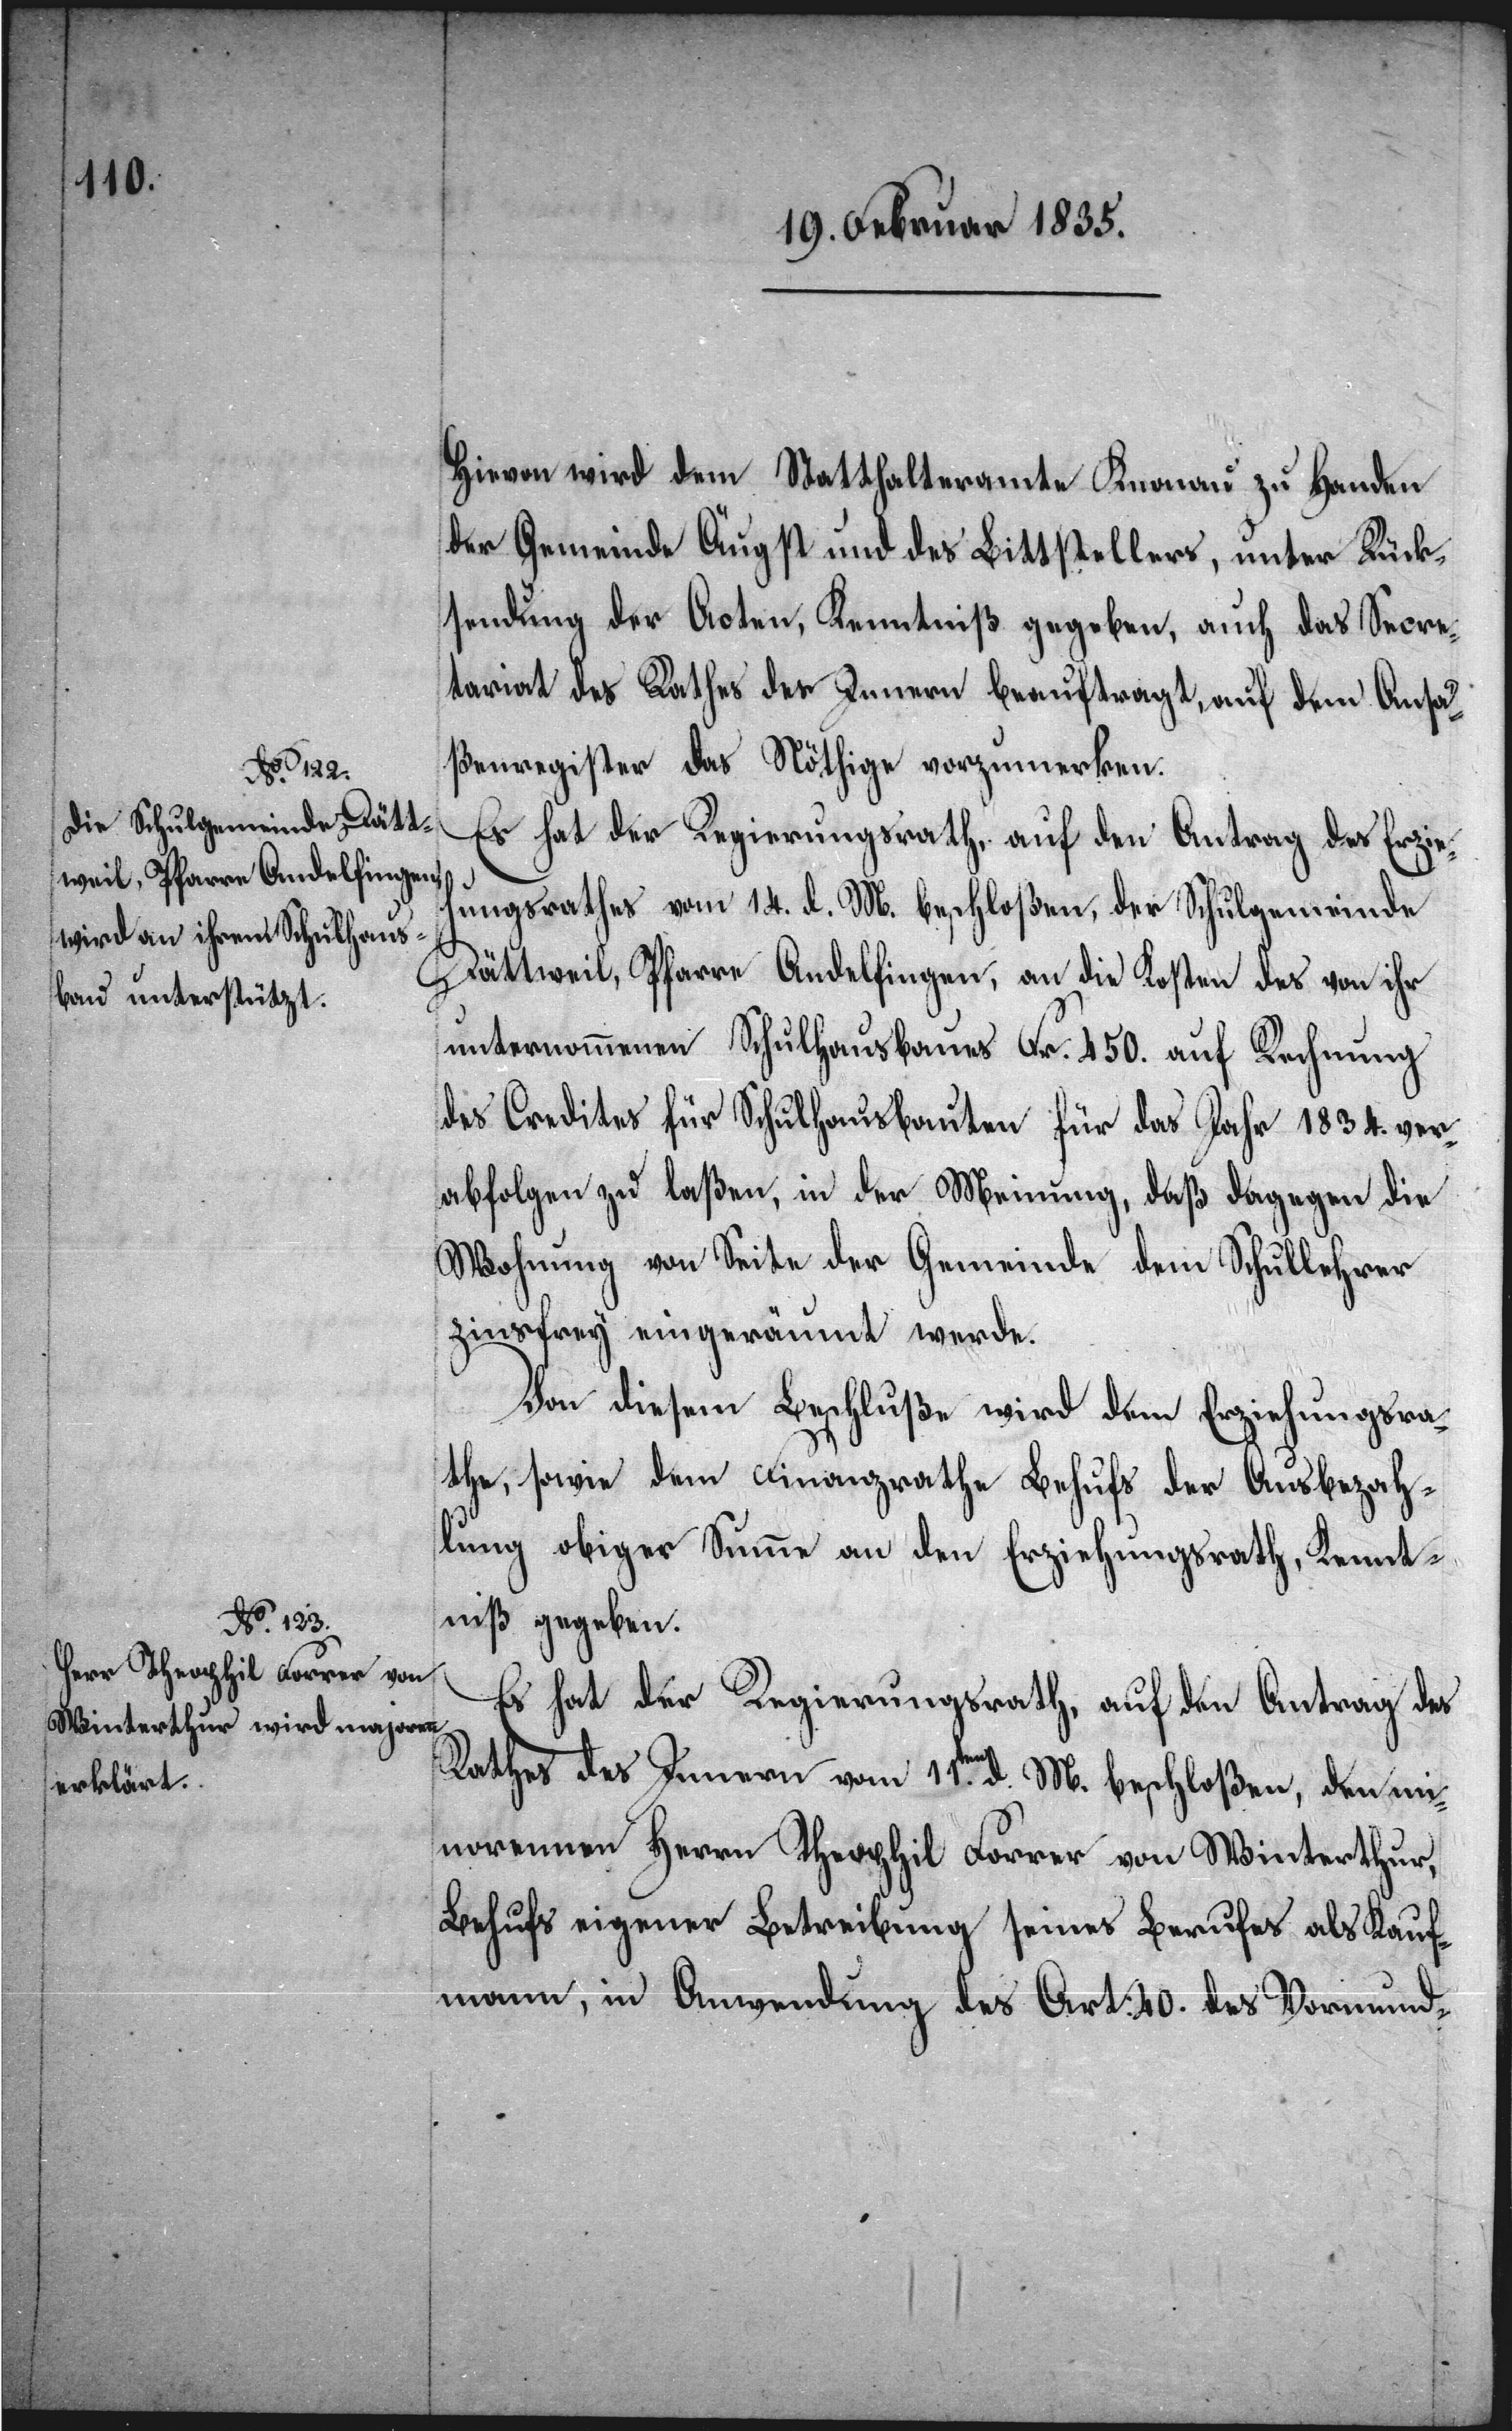
Hiervon wird dem Statthalteramte Knonau zu Handen
der Gemeinde Äugst und des Bittstellers, unter Rück¬
sendung der Acten, Kenntniß gegeben, auch das Secre¬
tariat des Rathes des Innern beauftragt, auf dem Ansä¬
ßenregister das Nöthige vorzumerken.
Es hat der Regierungsrath, auf den Antrag des Erzieh¬
ungsrathes vom 14. d. M. beschloßen, der Schulgemeinde
Dättweil, Pfarre Andelfingen, an die Kosten des von ihr
unternommenen Schulhausbaues Fr. 450. auf Rechnung
des Credites für Schulhausbauten für das Jahr 1834. ver¬
abfolgen zu laßen, in der Meinung, daß dagegen die
Wohnung von Seite der Gemeinde dem Schullehrer
zinsfrey eingeräumt werde.
Von diesem Beschluße wird dem Erziehungsra¬
the, sowie dem Finanzrathe Behufs der Ausbezah¬
lung obiger Summe an den Erziehungsrath, Kennt¬
niß gegeben.
Es hat der Regierungsrath, auf den Antrag des
Rathes des Innern vom 11.ten d. M. beschloßen, den mi¬
norennen Herrn Theophil Forrer von Winterthur,
Behufs eigener Betreibung seines Berufes als Kauf¬
mann, in Anwendung des Art: 40. des Vormund-